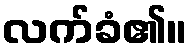
လက်ခံ၏။